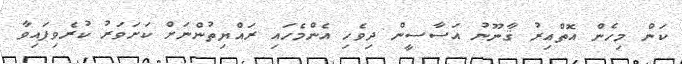
ކަން މިހެން އޮތްއިރު ޤާނޫނު އަސާސީން ދިވެހި އެންމެހައި ރައްޔިތުންނަށް ކަށަވަރު ކުރެވިފައިވާ